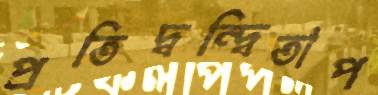
প্রতিদ্বন্দ্বিতাপ